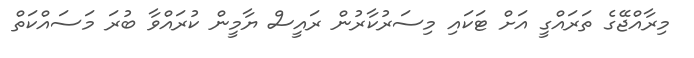
މިރާއްޖޭގެ ތަރައްގީ އަށް ޓަކައި މިސަރުކާރުން ރައީސް ޔާމީން ކުރައްވާ ބުރަ މަސައްކަތް